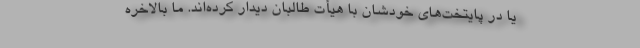
یا در پایتخت‌های خودشان با هیأت طالبان دیدار کرده‌اند. ما بالاخره